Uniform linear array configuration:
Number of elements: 32
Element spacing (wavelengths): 0.5
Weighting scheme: hamming
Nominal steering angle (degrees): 45
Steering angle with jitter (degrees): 46.936
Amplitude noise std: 0.05
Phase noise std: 0.05

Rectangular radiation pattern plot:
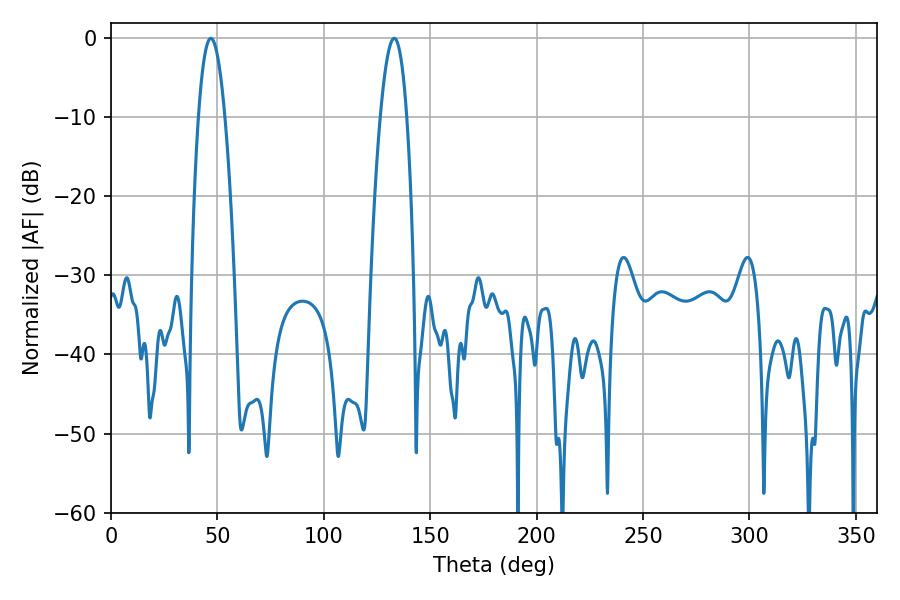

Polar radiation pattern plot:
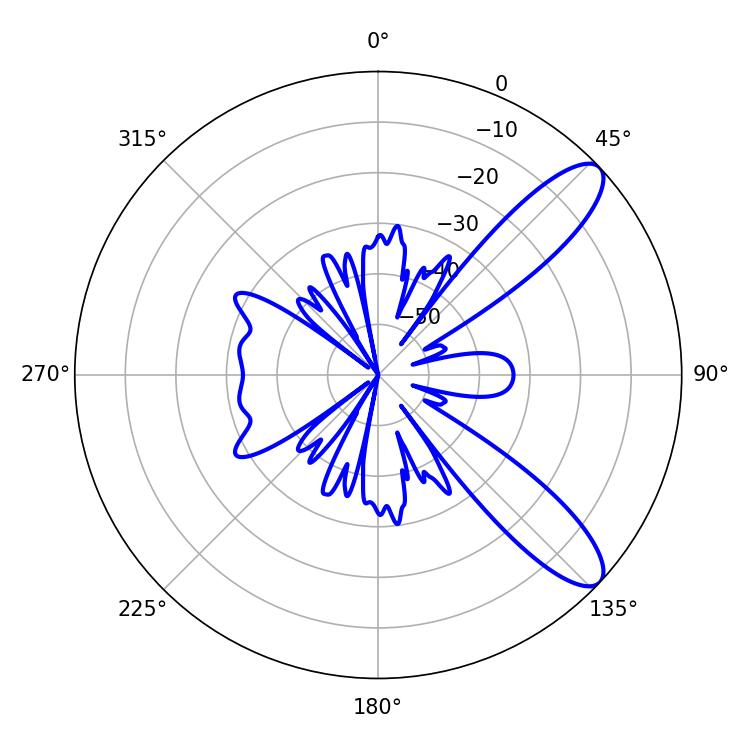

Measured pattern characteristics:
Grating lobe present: FALSE
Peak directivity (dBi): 10.271
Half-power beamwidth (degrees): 6.84
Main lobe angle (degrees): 46.98